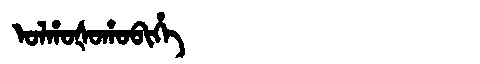
Manchu: ᠣᠯᡥᠣᡧᠣᡥᠣᠪᡳᡥᡝ
Romanization: OLHOŠOHOBIHE